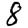
Digit: 8